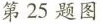
第25题图